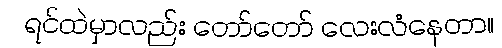
ရင်ထဲမှာလည်း တော်တော် လေးလံနေတာ။